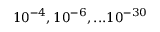
1 0 ^ { - 4 } , 1 0 ^ { - 6 } , . . . 1 0 ^ { - 3 0 }